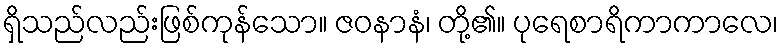
ရှိသည်လည်းဖြစ်ကုန်သော။ ဇဝနာနံ၊ တို့၏။ ပုရေစာရိကာကာလေ၊